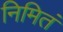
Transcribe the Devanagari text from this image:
निमितं